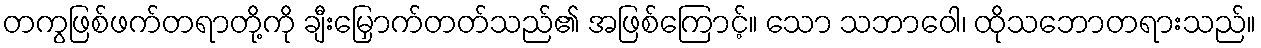
တကွဖြစ်ဖက်တရာတို့ကို ချီးမြှောက်တတ်သည်၏ အဖြစ်ကြောင့်။ သော သဘာဝေါ၊ ထိုသဘောတရားသည်။